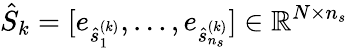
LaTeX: \hat{S}_{k}=[e_{\hat{s}_{1}^{(k)}},\dots,e_{\hat{s}_{n_{s}}^{(k)}}]\in\mathbb{R}^{N\times n_{s}}